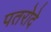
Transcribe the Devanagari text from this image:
पतरोदे